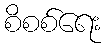
စိစစ်ရေး